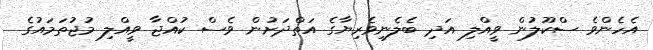
އެހެންވެ ސްކޫލުން ވީއްލި އަދި ބެލެނިވެރިޔާގެ އަތްދަށުން ވެސް ކުއްޖާ ވީއްލި މުޖުތަމައުގެ